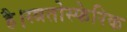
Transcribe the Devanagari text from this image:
है।स्त्रतोस्फेरिक